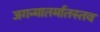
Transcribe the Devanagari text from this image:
जगन्मातर्मातस्तव